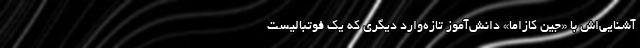
آشنایی‌اش با «جین کازاما» دانش‌آموز تازه‌وارد دیگری که یک فوتبالیست